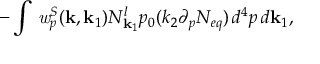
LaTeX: - \int \, { \it w } _ { p } ^ { S } ( { \bf k } , { \bf k } _ { 1 } ) N _ { { \bf k } _ { 1 } } ^ { l } p _ { 0 } ( k _ { 2 } \partial _ { p } { \cal N } _ { e q } ) \, d ^ { 4 } p \, d { \bf k } _ { 1 } ,